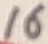
Text: 16